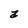
Character: a